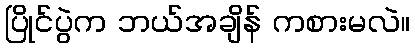
ပြိုင်ပွဲက ဘယ်အချိန် ကစားမလဲ။